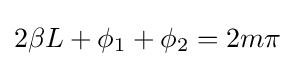
2\beta L+\phi _{1}+\phi _{2}=2m\pi